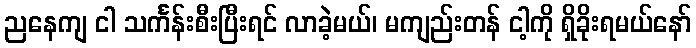
ညနေကျ ငါ သင်္ကန်းစီးပြီးရင် လာခဲ့မယ်၊ မကျည်းတန် ငါ့ကို ရှိခိုးရမယ်နော်